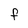
Character: f